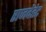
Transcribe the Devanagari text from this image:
राजदेहेट